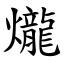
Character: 爖